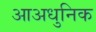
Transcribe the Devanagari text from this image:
आअधुनिक